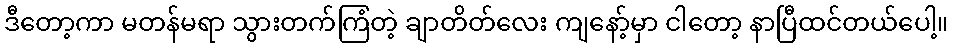
ဒီတော့ကာ မတန်မရာ သွားတက်ကြံတဲ့ ချာတိတ်လေး ကျနော့်မှာ ငါတော့ နာပြီထင်တယ်ပေါ့။